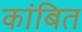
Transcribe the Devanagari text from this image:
कांबित